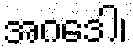
အဂဒေါ၊